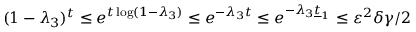
( 1 - \lambda _ { 3 } ) ^ { t } \le e ^ { t \log ( 1 - \lambda _ { 3 } ) } \le e ^ { - \lambda _ { 3 } t } \le e ^ { - \lambda _ { 3 } \underline { { t } } _ { 1 } } \le \varepsilon ^ { 2 } \delta \gamma / 2